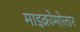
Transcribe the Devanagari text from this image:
माइक्रोमोलार